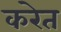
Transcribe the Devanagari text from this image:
करेत